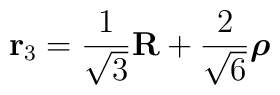
{\bf r}_{3} = \frac{1}{\sqrt{3}} {\bf R} + \frac{2}{\sqrt{6}} \mbox{\boldmath $\rho$}